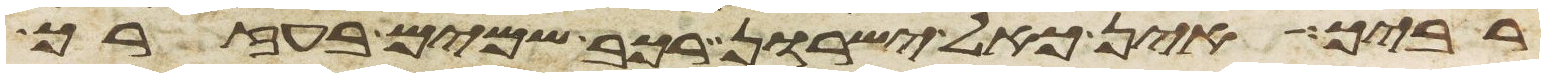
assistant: רביך אין כאל ישרון רכב שמים בעזרך